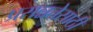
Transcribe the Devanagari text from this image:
प्रसन्नतेसाठी